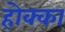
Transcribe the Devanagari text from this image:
होक्का